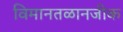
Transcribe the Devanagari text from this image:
विमानतळानजीक